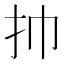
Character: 㧆